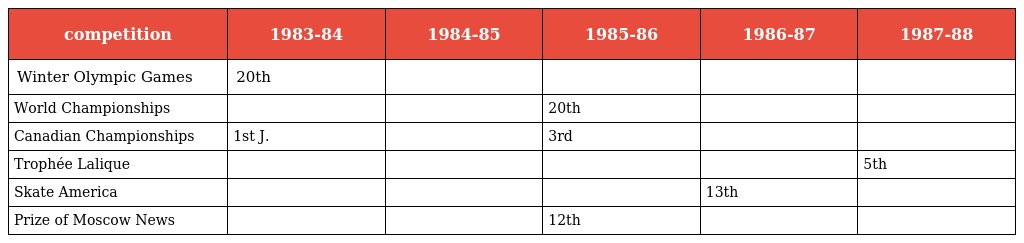
| competition | 1983-84 | 1984-85 | 1985-86 | 1986-87 | 1987-88 |
 | --- | --- | --- | --- | --- | --- |
 | Winter Olympic Games | 20th |  |  |  |  |
 | World Championships |  |  | 20th |  |  |
 | Canadian Championships | 1st J. |  | 3rd |  |  |
 | Trophée Lalique |  |  |  |  | 5th |
 | Skate America |  |  |  | 13th |  |
 | Prize of Moscow News |  |  | 12th |  |  |